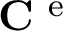
\mathbf { C } ^ { \mathrm { ~ e ~ } }